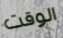
الوقت